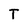
Character: T